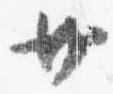
廿